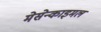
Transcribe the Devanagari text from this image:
मेसेन्काइमल